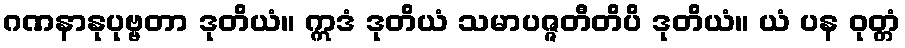
ဂဏနာနုပုဗ္ဗတာ ဒုတိယံ။ ဣဒံ ဒုတိယံ သမာပဇ္ဇတီတိပိ ဒုတိယံ။ ယံ ပန ဝုတ္တံ